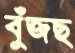
বুঁজছ